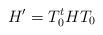
LaTeX: \begin{align*}H' = T_0^{t } HT_0 \end{align*}